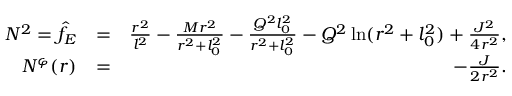
\begin{array} { r l r } { N ^ { 2 } = \hat { f } _ { E } } & { = } & { \frac { r ^ { 2 } } { l ^ { 2 } } - \frac { M r ^ { 2 } } { r ^ { 2 } + l _ { 0 } ^ { 2 } } - \frac { Q ^ { 2 } l _ { 0 } ^ { 2 } } { r ^ { 2 } + l _ { 0 } ^ { 2 } } - Q ^ { 2 } \ln ( r ^ { 2 } + l _ { 0 } ^ { 2 } ) + { \frac { J ^ { 2 } } { 4 r ^ { 2 } } } , } \\ { N ^ { \varphi } ( r ) } & { = } & { - { \frac { J } { 2 r ^ { 2 } } } . } \end{array}